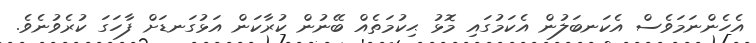
އެހެންނަމަވެސް އެކަނބަލުން އެކަމުގައި މޮޅު ޙިކުމަތެއް ބޭނުން ކުރާކަން އަޅުގަނޑަށް ފާހަގަ ކުރެވުނެވެ.